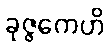
ခုဇ္ဇကေဟိ